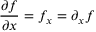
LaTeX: { \frac { \partial f } { \partial x } } = f _ { x } = \partial _ { x } f